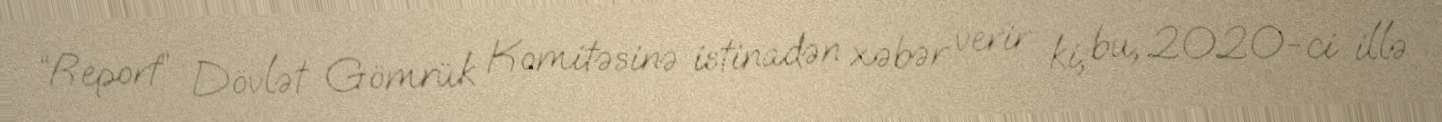
“Report” Dövlət Gömrük Komitəsinə istinadən xəbər verir ki, bu, 2020-ci illə